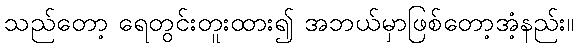
သည်တော့ ရေတွင်းတူးထား၍ အဘယ်မှာဖြစ်တော့အံ့နည်း။